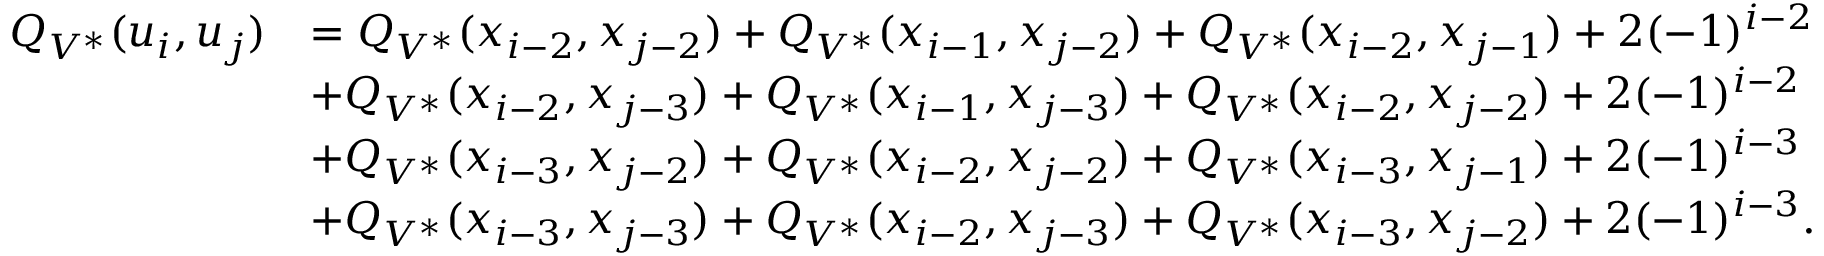
\begin{array} { r l } { Q _ { V ^ { * } } ( u _ { i } , u _ { j } ) } & { = Q _ { V ^ { * } } ( x _ { i - 2 } , x _ { j - 2 } ) + Q _ { V ^ { * } } ( x _ { i - 1 } , x _ { j - 2 } ) + Q _ { V ^ { * } } ( x _ { i - 2 } , x _ { j - 1 } ) + 2 ( - 1 ) ^ { i - 2 } } \\ & { + Q _ { V ^ { * } } ( x _ { i - 2 } , x _ { j - 3 } ) + Q _ { V ^ { * } } ( x _ { i - 1 } , x _ { j - 3 } ) + Q _ { V ^ { * } } ( x _ { i - 2 } , x _ { j - 2 } ) + 2 ( - 1 ) ^ { i - 2 } } \\ & { + Q _ { V ^ { * } } ( x _ { i - 3 } , x _ { j - 2 } ) + Q _ { V ^ { * } } ( x _ { i - 2 } , x _ { j - 2 } ) + Q _ { V ^ { * } } ( x _ { i - 3 } , x _ { j - 1 } ) + 2 ( - 1 ) ^ { i - 3 } } \\ & { + Q _ { V ^ { * } } ( x _ { i - 3 } , x _ { j - 3 } ) + Q _ { V ^ { * } } ( x _ { i - 2 } , x _ { j - 3 } ) + Q _ { V ^ { * } } ( x _ { i - 3 } , x _ { j - 2 } ) + 2 ( - 1 ) ^ { i - 3 } . } \end{array}